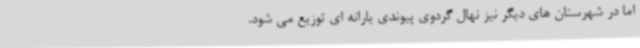
اما در شهرستان های دیگر نیز نهال گردوی پیوندی یارانه ای توزیع می شود.